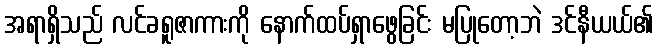
အရာရှိသည် လင်ခရူဇာကားကို နောက်ထပ်ရှာဖွေခြင်း မပြုတော့ဘဲ ဒင်နီယယ်၏